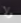
ولا